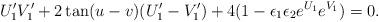
LaTeX: \begin{align*}U_1'V_1'+2\tan(u-v)(U_1'-V_1')+4(1-\epsilon_1\epsilon_2e^{U_1}e^{V_1})=0.\end{align*}